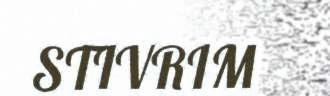
STIVRIM